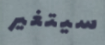
سيتغير